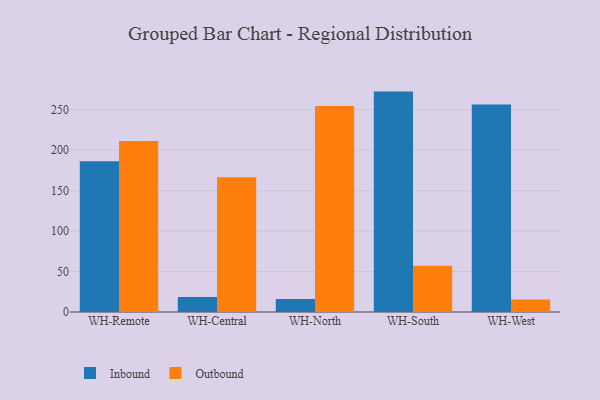
{"axis": {"x": "Warehouse", "y": "LTV (USD)"}, "legend": ["Inbound", "Outbound"], "data": [{"x": "WH-Remote", "y": 186.2, "type": "Inbound"}, {"x": "WH-Remote", "y": 211.4, "type": "Outbound"}, {"x": "WH-Central", "y": 18.6, "type": "Inbound"}, {"x": "WH-Central", "y": 166.5, "type": "Outbound"}, {"x": "WH-North", "y": 16.1, "type": "Inbound"}, {"x": "WH-North", "y": 254.6, "type": "Outbound"}, {"x": "WH-South", "y": 272.4, "type": "Inbound"}, {"x": "WH-South", "y": 57.2, "type": "Outbound"}, {"x": "WH-West", "y": 256.4, "type": "Inbound"}, {"x": "WH-West", "y": 15.3, "type": "Outbound"}]}